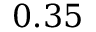
0 . 3 5